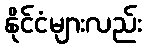
နိုင်ငံများလည်း